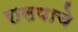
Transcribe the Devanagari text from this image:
रासपाचे